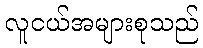
လူငယ်အများစုသည်